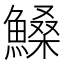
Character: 𩺞